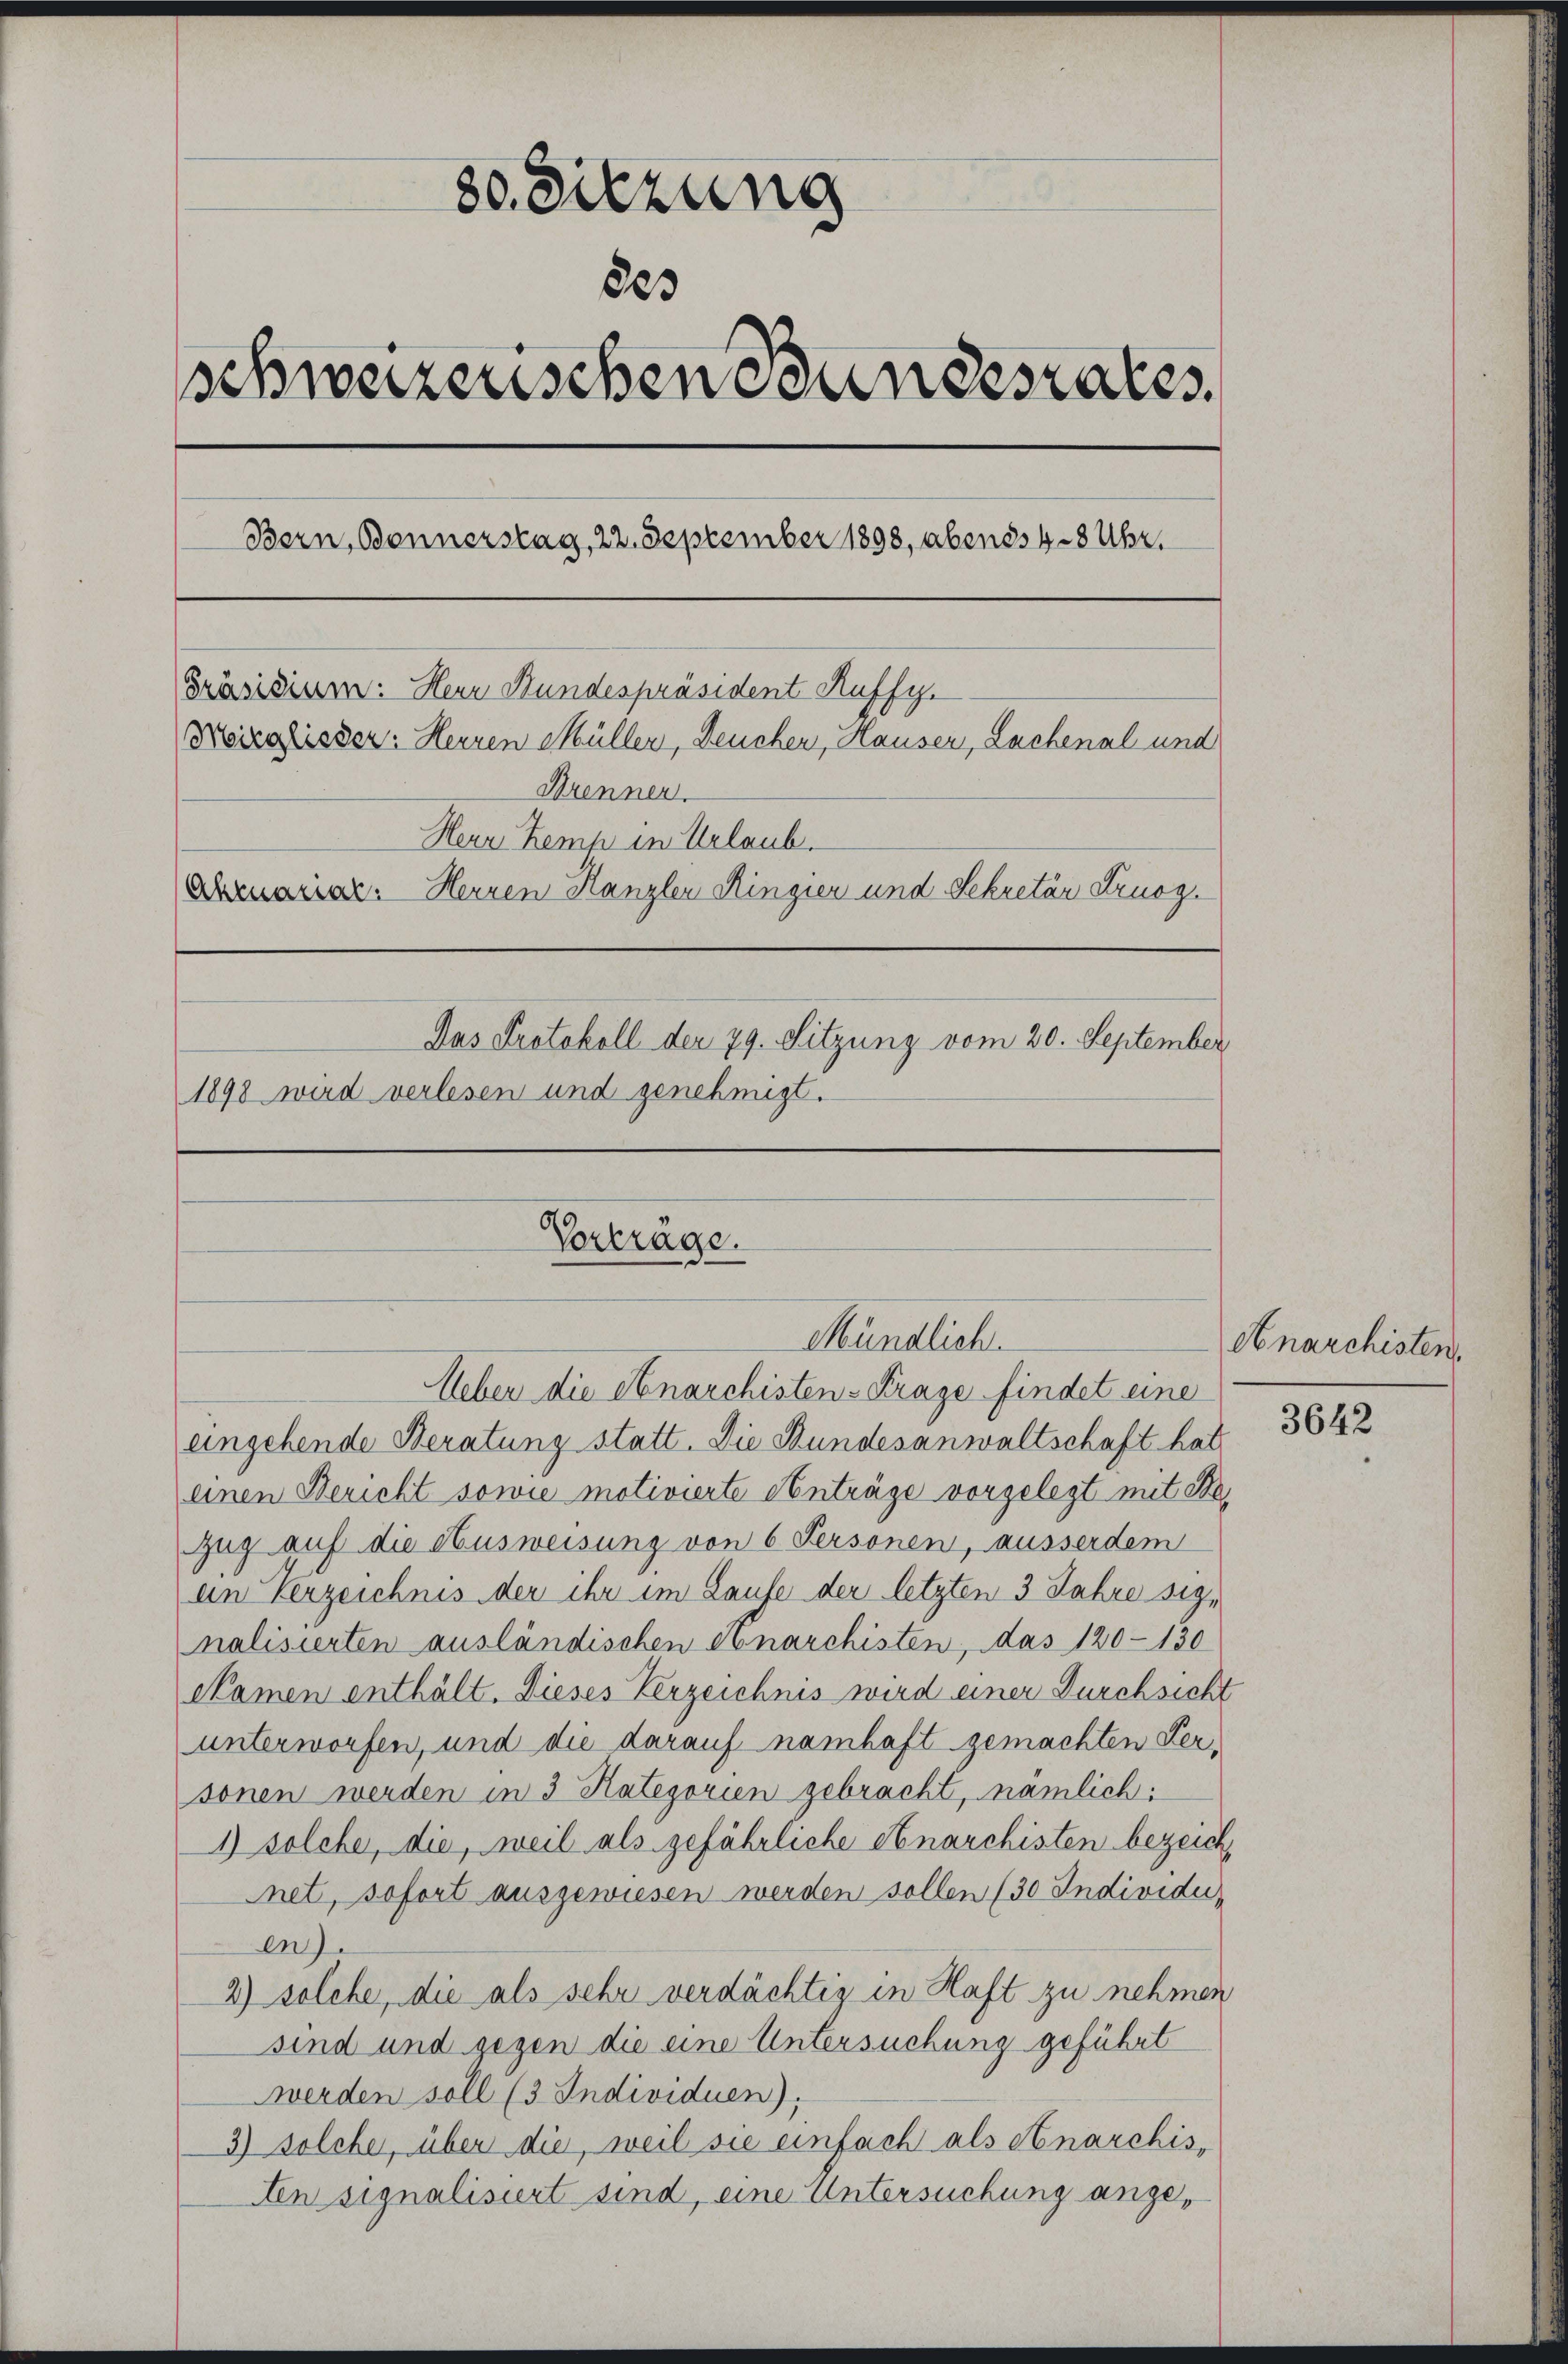
3o Sitzung
883
schweizerischen Bundesrates.
Bern, Bonnerstag, 22. September 1898, abens 4 - 8 Uhr,
Präsidium: Herr Bundespräsident Kuffy
Moirglisser: Herren Müller, Deuchen, Hauser, Lachenal und
Brennen.
Herr Kemp in Urlaub.
Abruariar. Herren Kanzler Ringier und Sekretär Kruoz.
Das Protokoll der 79. Sitzung vom 20. September
1898 wird verlesen und genehmigt.

Vorträge.
Mündlich.

Ueber die Anarchisten-Frage findet eine
eingehende Beratung statt. Die Bundesanwaltschaft hat.
einen Bericht sowie motivierte Anträge vorgelegt mit de
Zug auf die Ausweisung von 6 Personen, ausserdem
an Verzeichnis der ihr im Laufe der letzten 3 Jahre signalisierten ausländischen Anarchisten, das 120-130
Namen enthält. Dieses Verzeichnis wird einer Durchsicht
unterworfen, und die darauf namhaft gemachten Personen werden in 3 Kategorien gebracht, nämlich:
1) solche, die, weil als gefährliche Anarchisten bezeich
net, sofort ausgewiesen werden sollen (30 Individu
en).
2) solche, die als sehr verdächtig in Haft zu nehmen
sind und gegen die eine Untersuchung geführt
erden soll (3. Individuen);
3) solche, über die, weil sie einfach als Anarchis-
Aen signalisiert sind, eine Untersuchung ange¬

Anarchisten.

3642